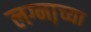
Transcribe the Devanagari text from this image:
लग्ना़च्या